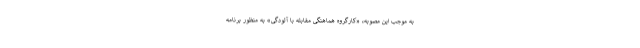
به موجب این مصوبه، «کارگروه هماهنگی مقابله با آلودگی» به منظور برنامه